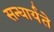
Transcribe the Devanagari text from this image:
सन्धार्यते